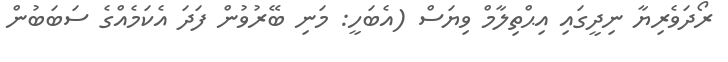
ރޯދަވެރިޔާ ނިދީގައި އިޙްތިލާމް ވިޔަސް (އެބަހީ: މަނި ބޭރުވުން ފަދަ އެކަމެއްގެ ސަބަބުން